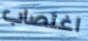
اغتصاب